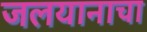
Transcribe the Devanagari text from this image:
जलयानाचा